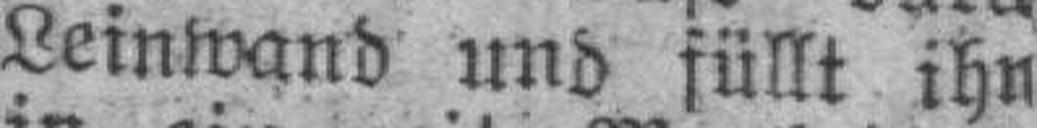
Leinwand und füllt ihn